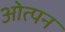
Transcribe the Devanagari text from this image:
ओत्पन